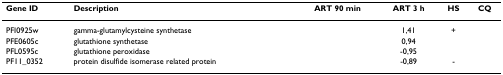
| Gene ID | Description | ART 90 min | ART 3 h | HS | CQ |
 | --- | --- | --- | --- | --- | --- |
 | PFI0925w | gamma-glutamylcysteine synthetase |  | 1,41 | + |  |
 | PFE0605c | glutathione synthetase |  | 0,94 |  |  |
 | PFL0595c | glutathione peroxidase |  | -0,95 |  |  |
 | PF11_0352 | protein disulfide isomerase related protein |  | -0,89 | - |  |